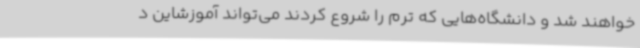
خواهند شد و دانشگاه‌هایی که ترم را شروع کردند می‌تواند آموزشاین د